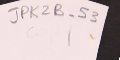
JPK2B-53		١